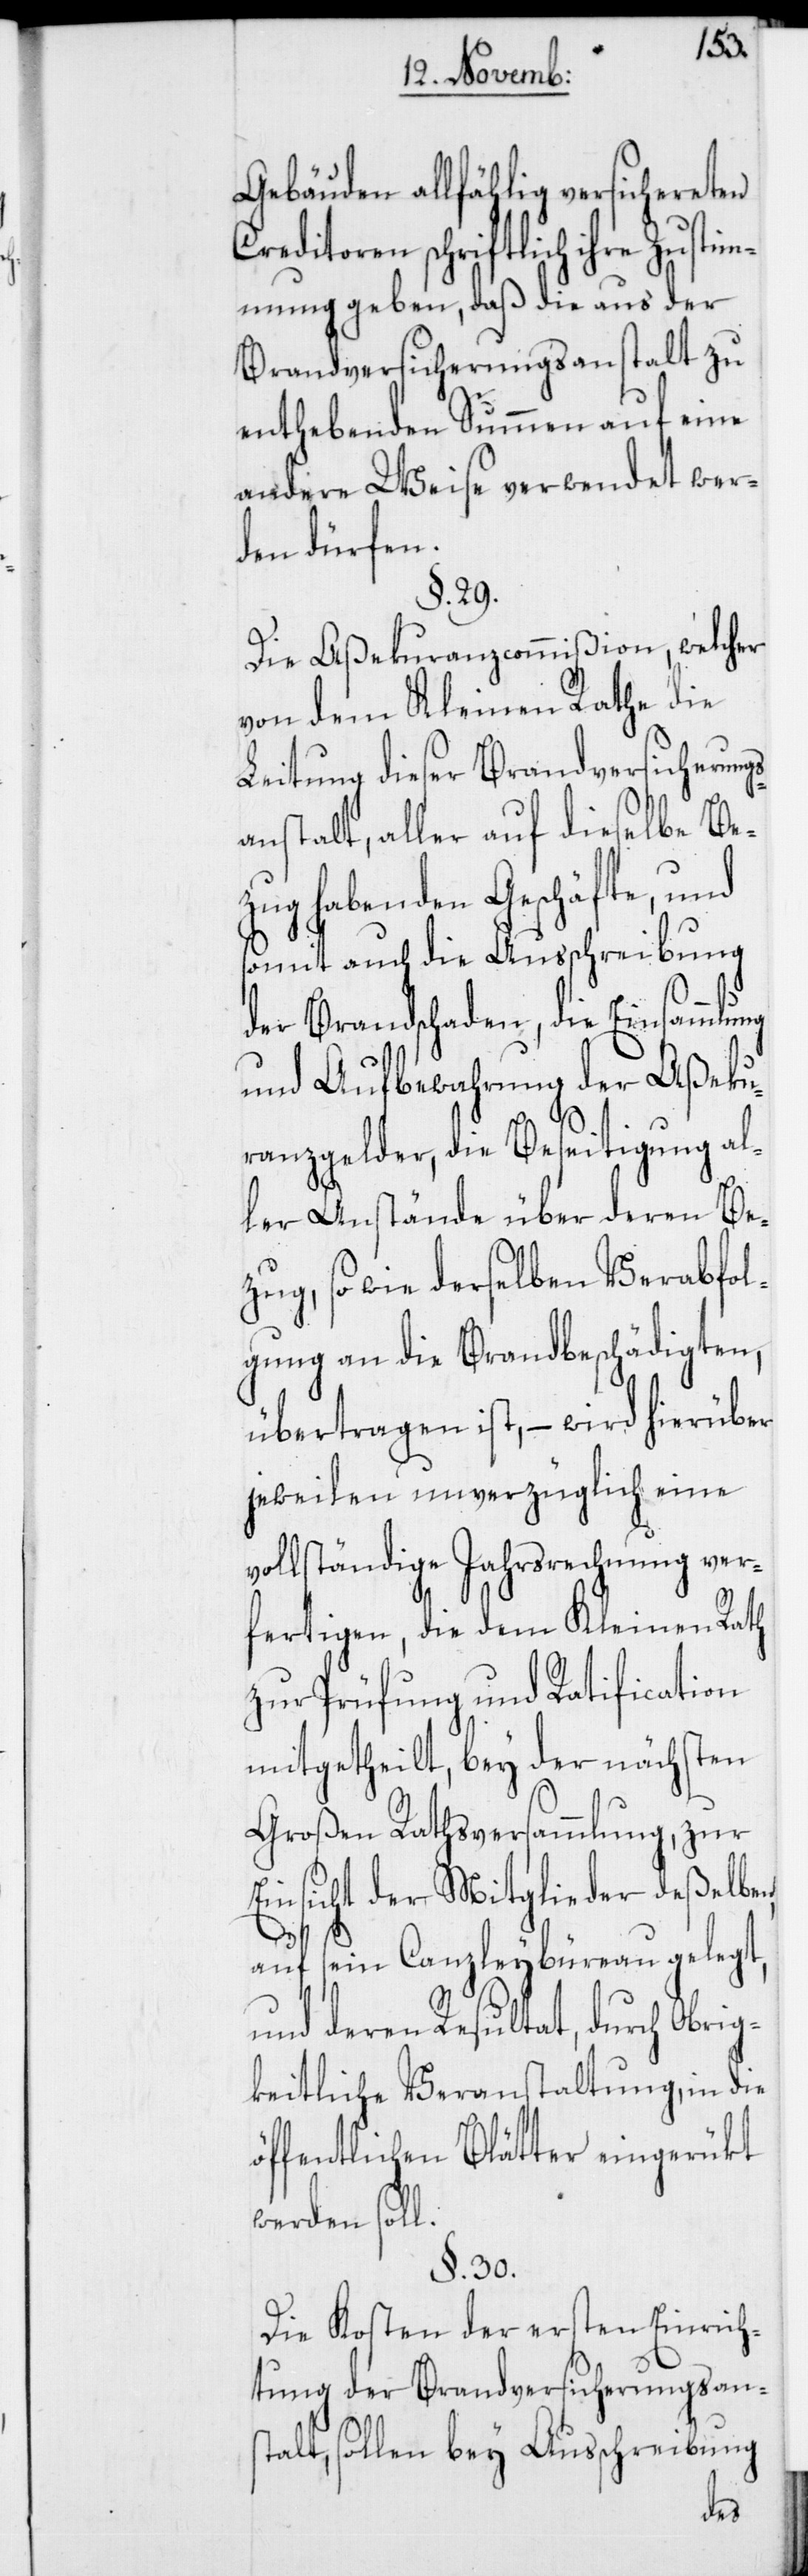
ng
Gebäuden allfählig versichereten
Creditoren schriftlich ihre Zustim¬
mung geben, daß die aus der
Brandversicherungsanstalt zu
enthebenden Summen auf eine
andere Weise verwendet wer¬
den dürfen.
§. 29.
Die Aßekuranzcommißion, welcher
von dem Kleinen Rathe die
Leitung dieser Brandversicherung¬
sanstalt, aller auf dieselbe Be¬
zug habenden Geschäfte, und
somit auch die Ausschreibung
der Brandschaden, die Einsammlu¬
und Aufbewahrung der Aßeku¬
ranzgelder, die Beseitigung al¬
ler Anstände über deren Be¬
zug, so wie derselben Verabfol¬
gung an die Brandbeschädigten,
übertragen ist, – wird hierüber
jeweilen unverzüglich eine
vollständige Jahrsrechnung ver¬
fertigen, die dem Kleinen Rath
zur Prüfung und Ratification
mitgetheilt, bey der nächsten
Großen Rathsversammlung, zur
Einsicht der Mitglieder deßelben,
auf sein Canzleybüreau gelegt,
und deren Resultat, durch Obrig¬
keitliche Veranstaltung, in die
öffentlichen Blätter eingerükt
werden soll.
§. 30.
Die Kosten der ersten Einrich¬
tung der Brandversicherungsans¬
talt, sollen bey Ausschreibung